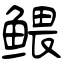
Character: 鳂